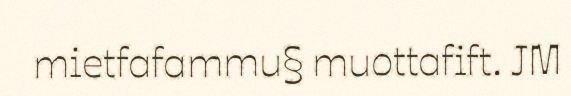
mietfafammu§ muottafift. JM